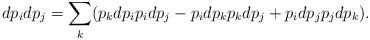
LaTeX: \begin{align*}d p_{i} d p_{j}= \sum_{k}(p_{k} d p_{i} p_{i} d p_{j} - p_{i} d p_{k} p_{k} d p_{j} + p_{i} d p_{j} p_{j} d p_{k}). \end{align*}